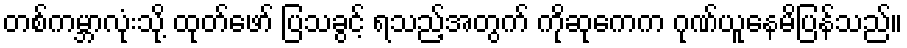
တစ်ကမ္ဘာလုံးသို့ ထုတ်ဖော် ပြသခွင့် ရသည့်အတွက် ကိုဆုကေက ဂုဏ်ယူနေမိပြန်သည်။